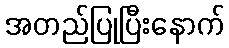
အတည်ပြုပြီးနောက်